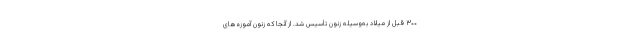
۳۰۰ قبل از میلاد به‌وسیلهٔ زنون تأسیس شد. از آنجا که زنون آموزه‌های